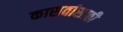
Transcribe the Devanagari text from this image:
कासवांसाठी